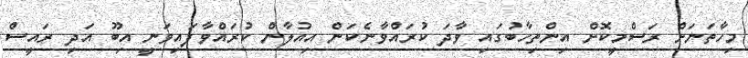
މިހާތަނަށް ރަސްމީކޮށް އިންތިހާބުގައި ވާދަ ކުރައްވާނެކަން އިއުލާން ކުރައްވާފައިވަނީ އިބޫ އަދި ރައީސް